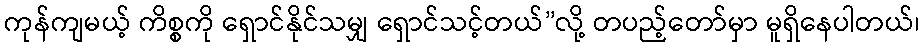
ကုန်ကျမယ့် ကိစ္စကို ရှောင်နိုင်သမျှ ရှောင်သင့်တယ်”လို့ တပည့်တော်မှာ မူရှိနေပါတယ်၊